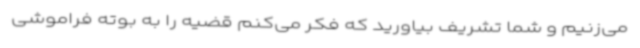
می‌زنیم و شما تشریف بیاورید که فکر می‌کنم قضیه را به بوته فراموشی